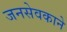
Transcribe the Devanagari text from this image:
जनसेवकाने